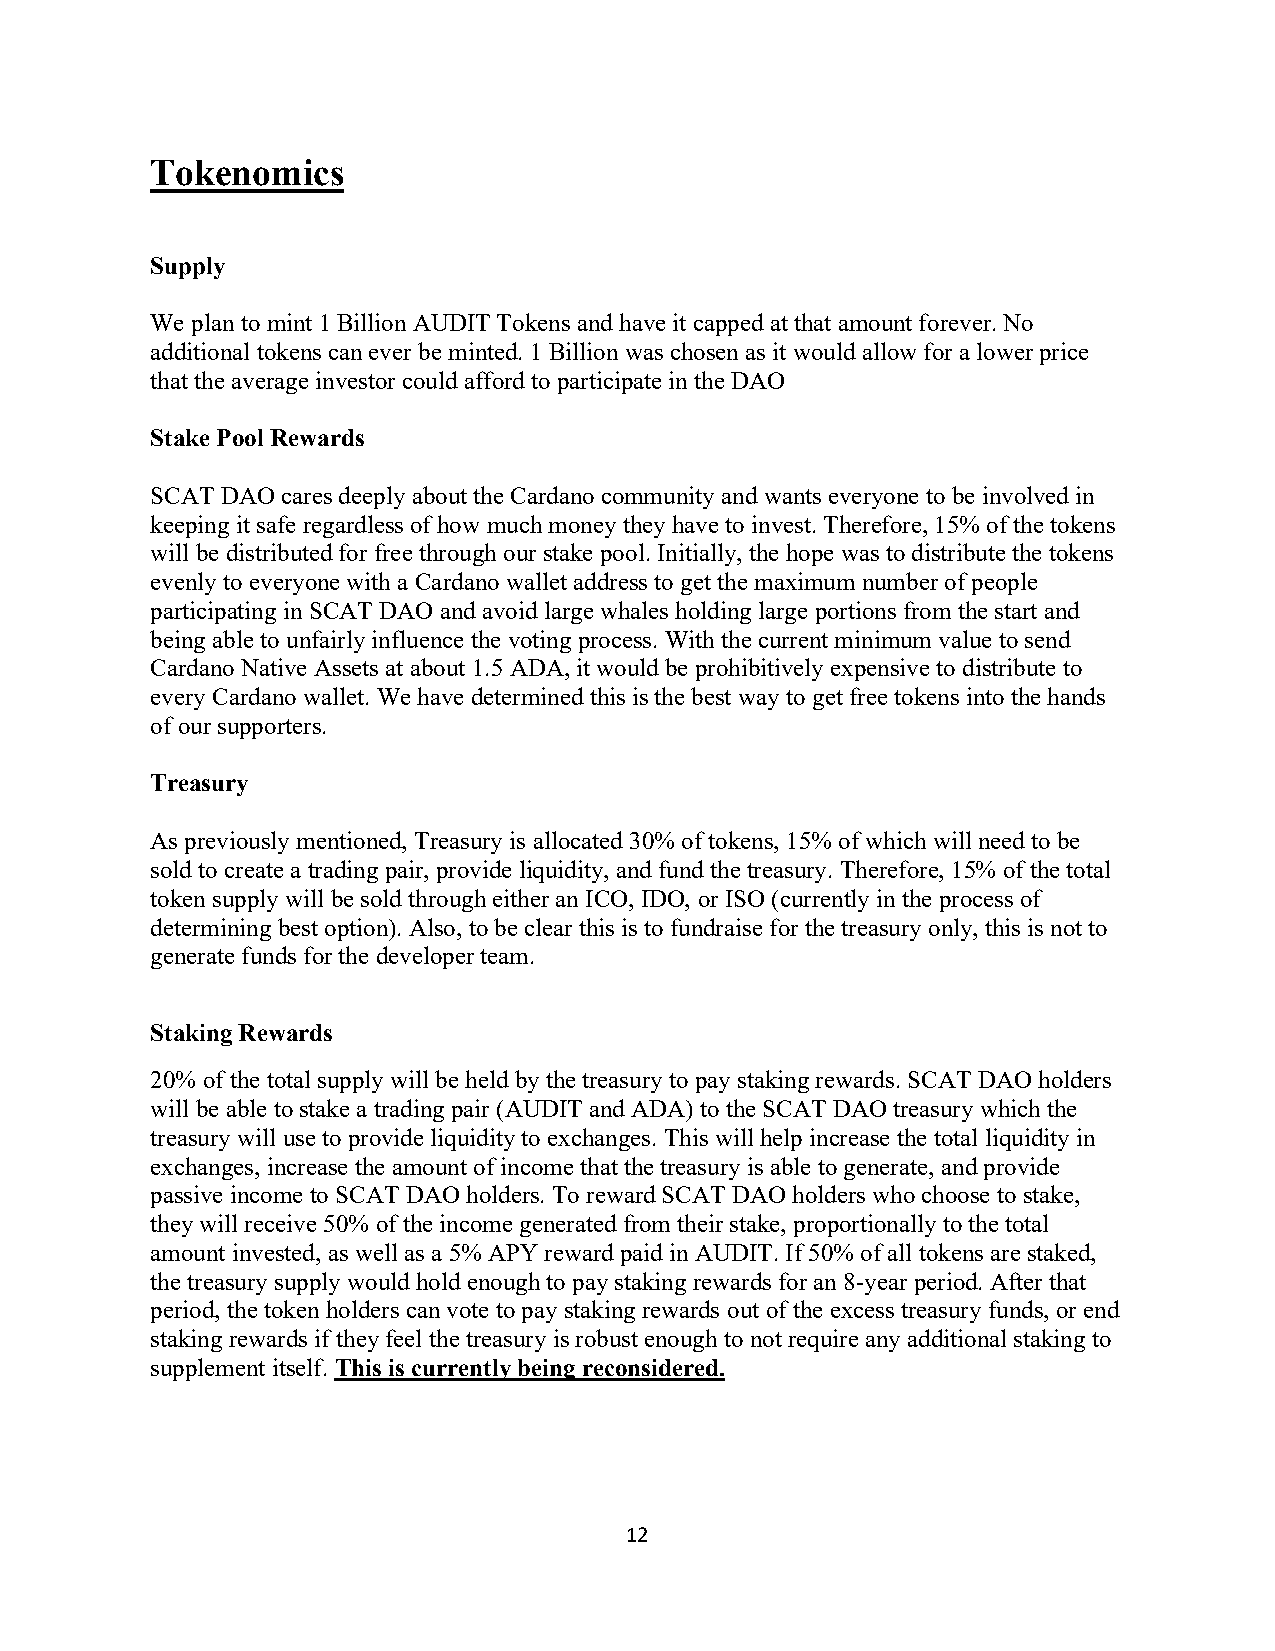
Tokenomics
 Supply
 We plan to mint 1 Billion AUDIT Tokens and have it capped at that amount forever. No
 additional tokens can ever be minted. 1 Billion was chosen as it would allow for a lower price
 that the average investor could afford to participate in the DAO
 Stake Pool Rewards
 SCAT DAO cares deeply about the Cardano community and wants everyone to be involved in
 keeping it safe regardless of how much money they have to invest. Therefore, 15% of the tokens
 will be distributed for free through our stake pool. Initially, the hope was to distribute the tokens
 evenly to everyone with a Cardano wallet address to get the maximum number of people
 participating in SCAT DAO and avoid large whales holding large portions from the start and
 being able to unfairly influence the voting process. With the current minimum value to send
 Cardano Native Assets at about 1.5 ADA, it would be prohibitively expensive to distribute to
 every Cardano wallet. We have determined this is the best way to get free tokens into the hands
 of our supporters.
 Treasury
 As previously mentioned, Treasury is allocated 30% of tokens, 15% of which will need to be
 sold to create a trading pair, provide liquidity, and fund the treasury. Therefore, 15% of the total
 token supply will be sold through either an ICO, IDO, or ISO (currently in the process of
 determining best option). Also, to be clear this is to fundraise for the treasury only, this is not to
 generate funds for the developer team.
 Staking Rewards
 20% of the total supply will be held by the treasury to pay staking rewards. SCAT DAO holders
 will be able to stake a trading pair (AUDIT and ADA) to the SCAT DAO treasury which the
 treasury will use to provide liquidity to exchanges. This will help increase the total liquidity in
 exchanges, increase the amount of income that the treasury is able to generate, and provide
 passive income to SCAT DAO holders. To reward SCAT DAO holders who choose to stake,
 they will receive 50% of the income generated from their stake, proportionally to the total
 amount invested, as well as a 5% APY reward paid in AUDIT. If 50% of all tokens are staked,
 the treasury supply would hold enough to pay staking rewards for an 8-year period. After that
 period, the token holders can vote to pay staking rewards out of the excess treasury funds, or end
 staking rewards if they feel the treasury is robust enough to not require any additional staking to
 supplement itself. This is currently being reconsidered.
 12